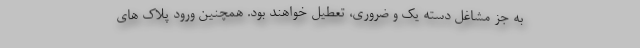
به جز مشاغل دسته یک و ضروری، تعطیل خواهند بود. همچنین ورود پلاک های